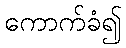
ကောက်ခံ၍